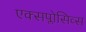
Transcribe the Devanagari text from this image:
एक्सप्लोसिव्स